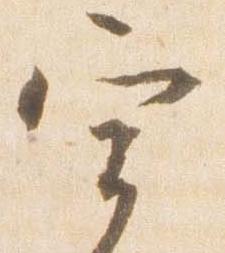
宰